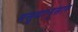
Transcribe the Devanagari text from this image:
मसुद्यानुसार